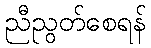
ညီညွတ်စေရန်